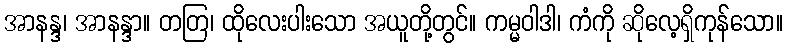
အာနန္ဒ၊ အာနန္ဒာ။ တတြ၊ ထိုလေးပါးသော အယူတို့တွင်။ ကမ္မဝါဒါ၊ ကံကို ဆိုလေ့ရှိကုန်သော။